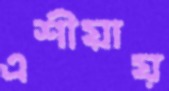
এশীয়ায়